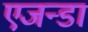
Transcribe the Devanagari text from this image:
एजन्डा